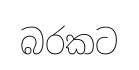
බරකට